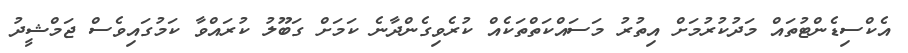
އެކްސިޑެންޓުތައް މަދުކުރުމަށް އިތުރު މަސައްކަތްތަކެއް ކުރެވިގެންދާނެ ކަމަށް ގަބޫލު ކުރައްވާ ކަމުގައިވެސް ޖަމްޝީދު